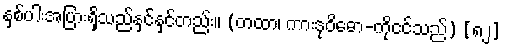
နှစ်ပါးအပြားရှိသည်နှင်နှင်တည်း။ (တထာ၊ ကားဒုဝိဓော-ကိုငင်သည်) [၈၂]